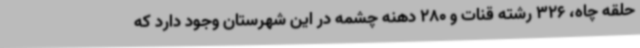
حلقه چاه، 326 رشته قنات و 280 دهنه چشمه در این شهرستان وجود دارد که